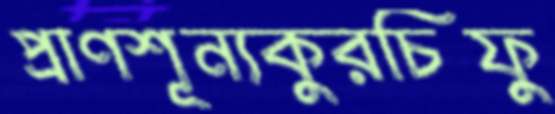
প্রাণশূন্যকুরচিফু